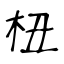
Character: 杻